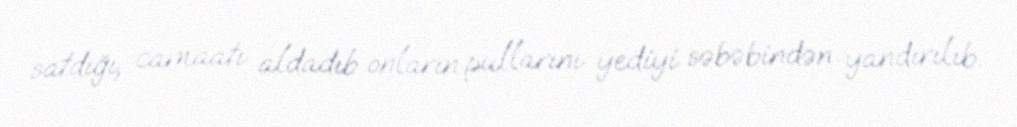
satdığı, camaatı aldadıb onların pullarını yediyi səbəbindən yandırılıb.